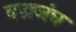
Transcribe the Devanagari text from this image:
वज्रजंघ